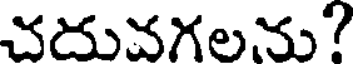
చదువగలను?